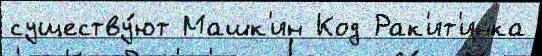
существу́ют Машк'ин Код Рак'ит'инка